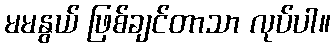
မမနွယ် ဖြစ်ချင်တာသာ လုပ်ပါ။